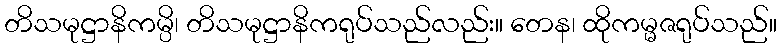
တိသမုဋ္ဌာနိကမ္ပိ၊ တိသမုဋ္ဌာနိကရုပ်သည်လည်း။ တေန၊ ထိုကမ္မဇရုပ်သည်။